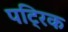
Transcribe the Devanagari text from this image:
पट्रिक